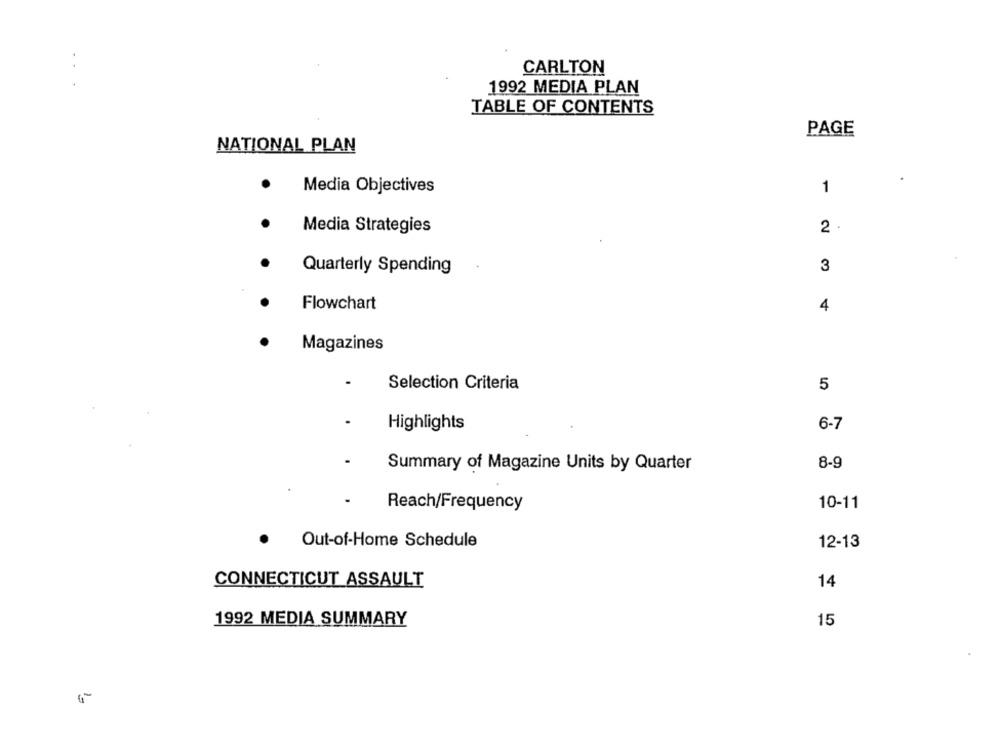
CARLTON
...
1992 MEDIA PLAN
TABLE OF CONTENTS
PAGE
NATIONAL PLAN
Media Objectives
1
Media Strategies
2 .
Quarterly Spending
3
Flowchart
4
Magazines
Selection Criteria
5
Highlights
6-7
8-9
Summary of Magazine Units by Quarter
10-11
Reach/Frequency
.
Out-of-Home Schedule
12-13
CONNECTICUT ASSAULT
14
1992 MEDIA SUMMARY
15
10